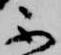
不